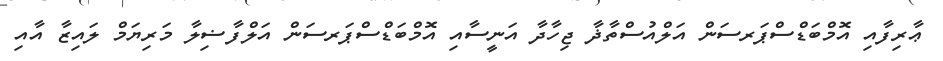
ޢާރިފާއި އޮމްބަޑްސްޕަރސަން އަލްއުސްތާޛާ ޖިހާދާ އަނީސާއި އޮމްބަޑްސްޕަރސަން އަލްފާޟިލާ މަރިޔަމް ލައިޒާ އާއި